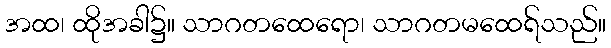
အထ၊ ထိုအခါ၌။ သာဂတထေရော၊ သာဂတမထေရ်သည်။